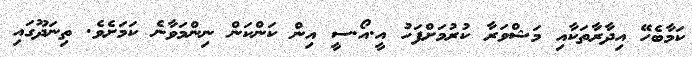
ކަމާބެހޭ އިދާރާތަކާއި މަޝްވަރާ ކުރުމަށްފަހު އީ.އޯ.ސީ އިން ކަންކަން ނިންމަވާނެ ކަމަށެވެ. ތިނަދޫގައި